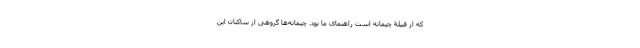
که از قبیلۀ چیمانه است راهنمای ما بود. چیمانه‌ها گروهی از ساکنان این